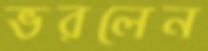
ভরলেন